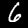
Label: 6